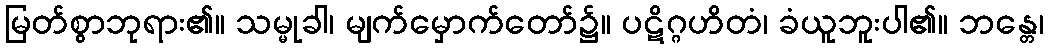
မြတ်စွာဘုရား၏။ သမ္မုခါ၊ မျက်မှောက်တော်၌။ ပဋိဂ္ဂဟိတံ၊ ခံယူဘူးပါ၏။ ဘန္တေ၊